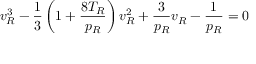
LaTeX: { v _ { R } ^ { 3 } } - { \frac { 1 } { 3 } } \left( { 1 + { \frac { 8 T _ { R } } { p _ { R } } } } \right) { v _ { R } ^ { 2 } } + { \frac { 3 } { p _ { R } } } v _ { R } - { \frac { 1 } { p _ { R } } } = 0